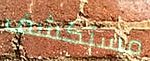
مستكشف